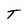
Character: T